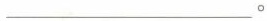
___。